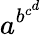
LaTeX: a^{b^{c^{d}}}